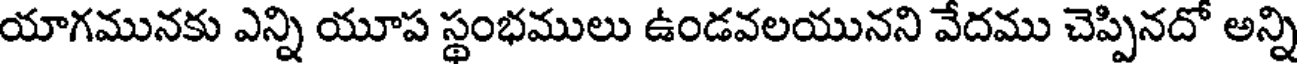
యాగమునకు ఎన్ని యూప స్థంభములు ఉండవలయునని వేదము చెప్పినదో అన్ని